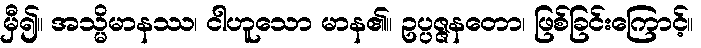
မှီ၍။ အသ္မိမာနဿ၊ ငါဟူသော မာန၏။ ဥပ္ပဇ္ဇနတော၊ ဖြစ်ခြင်းကြောင့်။